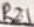
Text: R21